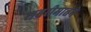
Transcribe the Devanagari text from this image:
शबरीमातेने